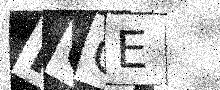
Text: RQGE